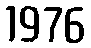
1976